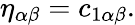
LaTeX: \eta_{\alpha\beta}=c_{1\alpha\beta}.